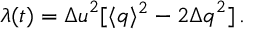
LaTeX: \lambda ( t ) = { \Delta u } ^ { 2 } [ \langle q \rangle ^ { 2 } - 2 { \Delta q } ^ { 2 } ] \, .